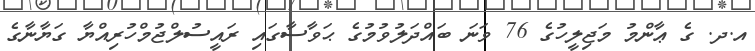
އ.ދ. ގެ ޢާންމު މަޖިލީހުގެ 76 ވަނަ ބައްދަލުވުމުގެ ޙަވާސާގައި ރައީސުލްޖުމްހުރިއްޔާ ގަޔާނާގެ